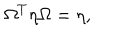
\Omega ^ { T } \eta \Omega = \eta ,